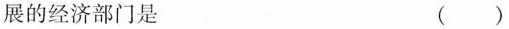
展的经济部门是 ( )